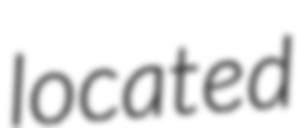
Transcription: located